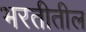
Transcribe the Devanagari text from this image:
भरतीतील